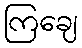
ကြချေ